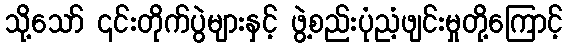
သို့သော် ၎င်းတိုက်ပွဲများနှင့် ဖွဲ့စည်းပုံညံ့ဖျင်းမှုတို့ကြောင့်